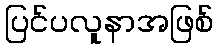
ပြင်ပလူနာအဖြစ်